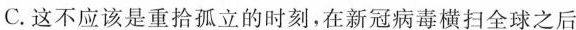
C.这不应该是重拾孤立的时刻，在新冠病毒横扫全球之后